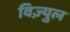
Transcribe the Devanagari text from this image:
विज़्युल